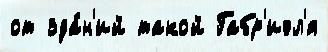
от зда́н'ий такой Габр'иэл'я